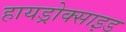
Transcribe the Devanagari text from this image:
हायड्रोक्साइड